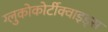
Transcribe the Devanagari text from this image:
ग्लुकोकोर्टीक्वाइड्स